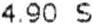
4.90 S